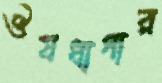
ঔষধাগার